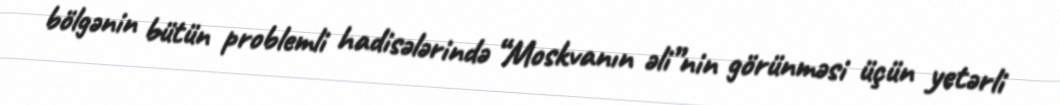
bölgənin bütün problemli hadisələrində “Moskvanın əli”nin görünməsi üçün yetərli